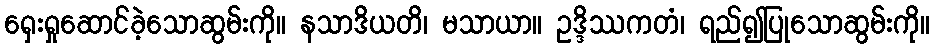
ရှေးရှုဆောင်ခဲ့သောဆွမ်းကို။ နသာဒိယတိ၊ မသာယာ။ ဥဒ္ဒိဿကတံ၊ ရည်၍ပြုသောဆွမ်းကို။